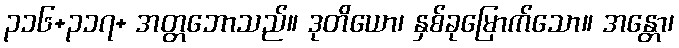
၃၁၆+၃၁၇+ အတ္တဘောသည်။ ဒုတိယော၊ နှစ်ခုမြောက်သော။ အန္တော၊